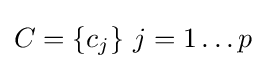
C=\{c_{j}\}\ j=1\ldots p